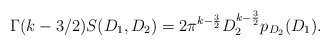
\begin{align*} \Gamma(k- 3/2) S(D_1,D_2)=2\pi^{k-\frac{3}{2}}D_2^{k-\frac{3}{2}} p_{D_2}(D_1).\end{align*}